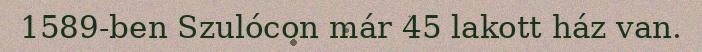
1589-ben Szulócon már 45 lakott ház van.